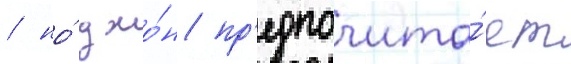
/ но́ джо́н пр'едпочита́ет